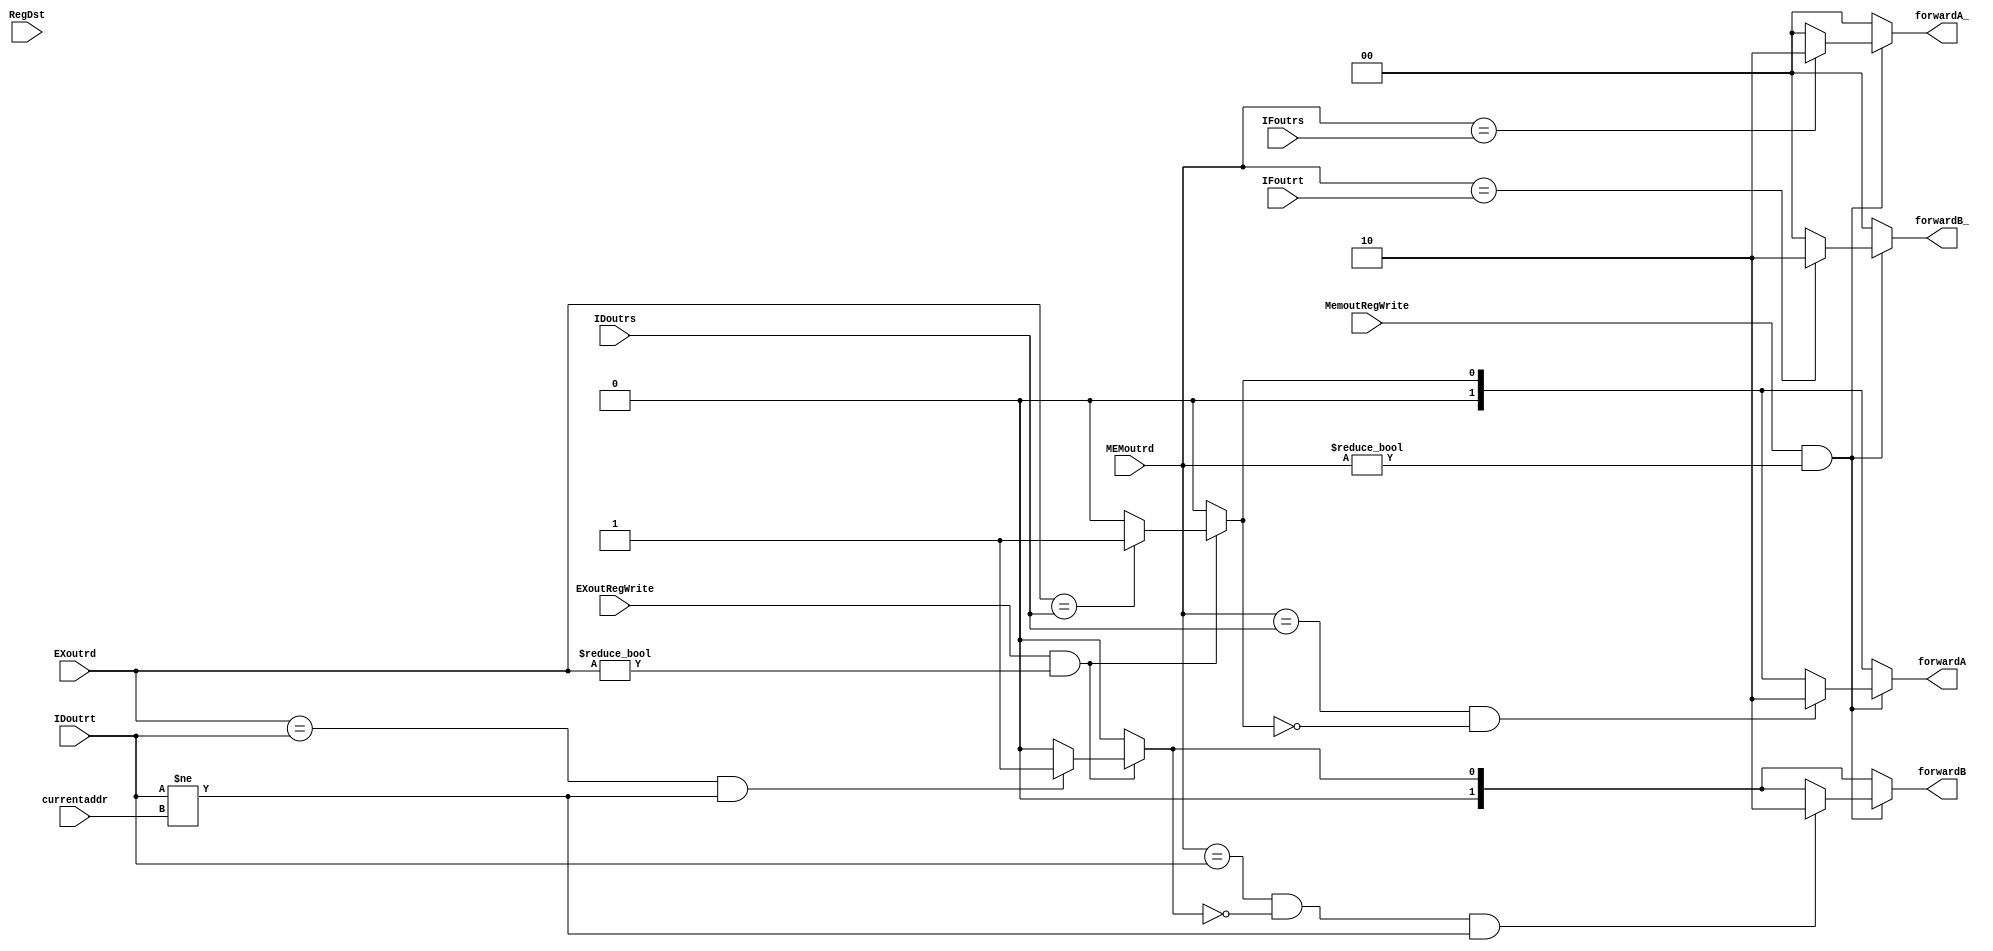
module bypassCtrl(
	input [4:0] EXoutrd,
	input [4:0] MEMoutrd,
	input [4:0] IDoutrs,//1
	input [4:0] IDoutrt,//2
	input EXoutRegWrite,
	input MemoutRegWrite,
	input RegDst,
	input [4:0] IFoutrs,
	input [4:0] IFoutrt,
	output reg [1:0] forwardA,
	output reg [1:0] forwardB,
	output reg [1:0] forwardA_,
	output reg [1:0] forwardB_,
	input [4:0] currentaddr
);
	always @(IDoutrt or IDoutrs or EXoutrd)begin
		forwardA = 2'b00;
		forwardB = 2'b00;
		if(EXoutRegWrite&&EXoutrd!=0)begin
		if(EXoutrd == IDoutrs)begin
			forwardA = 2'b01;
		end
		if(EXoutrd == IDoutrt&&(IDoutrt!=currentaddr))begin
			forwardB = 2'b01;
		end
		end
		if(MemoutRegWrite&&MEMoutrd!=0)begin
		if(MEMoutrd == IDoutrs && forwardA!=2'b01)begin
			forwardA = 2'b10;
		end
		if(MEMoutrd == IDoutrt && forwardB!=2'b01&&(IDoutrt!=currentaddr))begin
			forwardB = 2'b10;
		end
		end
	end
	always@(IFoutrs or IFoutrt or MEMoutrd)begin
		forwardA_ = 2'b00;
		forwardB_ = 2'b00;
		if(MemoutRegWrite&&MEMoutrd!=0)begin
		if(MEMoutrd == IFoutrs )begin
			forwardA_ = 2'b10;
		end
		if(MEMoutrd == IFoutrt)begin
			forwardB_ = 2'b10;
		end
		end
	end

endmodule